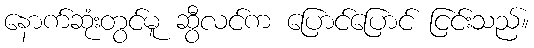
နောက်ဆုံးတွင်မူ ဆွီလင်က ပြောင်ပြောင် ငြင်းသည်။